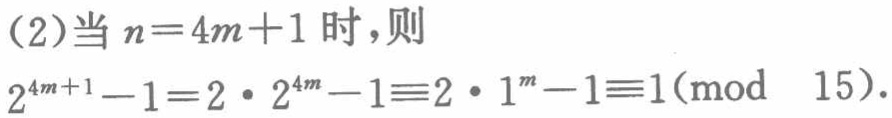
(2)当 \(n = 4m + 1\) 时，则

\(2^{4m + 1}-1 = 2\cdot2^{4m}-1\equiv2\cdot1^{m}-1\equiv1\pmod{15}\).